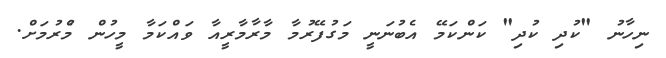
ނިހާނު "ކުދި ކުދި" ކަންކަމޭ އެބުނަނީ މަގުފޭރުމާ މާރާމާރީއާ ވައްކަމާ މީހުން މެުރުމަށް.